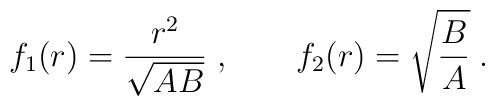
f_1(r) = \frac{r^2}{\sqrt{AB}}\;,\;\;\;\;\;\;\; 	f_2(r) = \sqrt{\frac{B}{A}}\;.